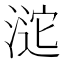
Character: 𣸘